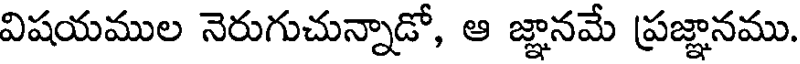
విషయముల నెరుగుచున్నాడో, ఆ జ్ఞానమే ప్రజ్ఞానము.